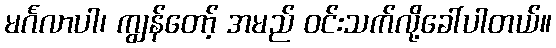
မင်္ဂလာပါ၊ ကျွန်တော့် အမည် ဝင်းသက်လို့ခေါ်ပါတယ်။